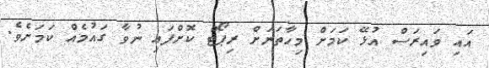
އައި ވައިރަސް އުޅޭ ކަމަށް މިހާތަނަށް ރިޕޯޓް ކޮށްފައި ނުވާ ގައުމެއް ކަމަށެވެ.